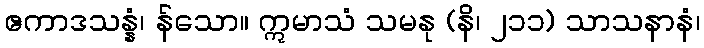
ဧကာဒသန္နံ၊ န်သော။ ဣမာသံ သမနု (နိ၊ ၂၁၁) သာသနာနံ၊